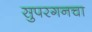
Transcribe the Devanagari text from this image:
सुपरगनचा